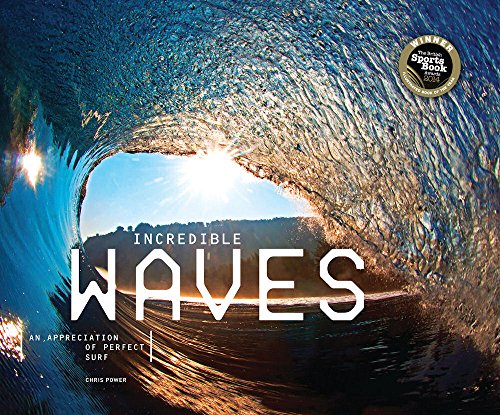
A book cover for Incredible Waves: An Appreciation of Perfect Surf; Arts & Photography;